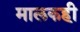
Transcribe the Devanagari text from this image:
मालकही